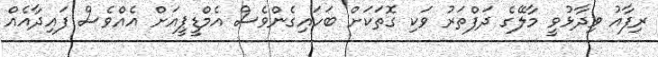
ރިފާއު ވިދާޅުވީ މާލޭގެ ދަފްތަރު ވަކި ގޮތަކަށް ބަހައިގެންވެސް އެމްޑީޕީއަށް އެއްވެސް ފައިދާއެއް